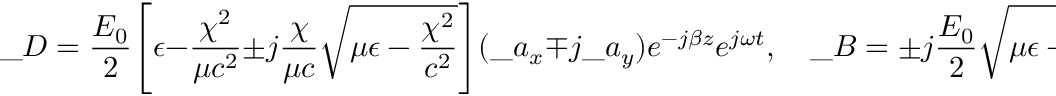
\_ D = \frac { E _ { 0 } } { 2 } \Bigg [ \epsilon - { \frac { \chi ^ { 2 } } { \mu c ^ { 2 } } } \pm j { \frac { \chi } { \mu c } } \sqrt { \mu \epsilon - { \frac { \chi ^ { 2 } } { c ^ { 2 } } } } \Bigg ] ( \_ a _ { x } \mp j \_ a _ { y } ) e ^ { - j \beta z } e ^ { j \omega t } , \quad \_ B = \pm j \frac { E _ { 0 } } { 2 } \sqrt { \mu \epsilon - { \frac { \chi ^ { 2 } } { c ^ { 2 } } } } ( \_ a _ { x } \mp j \_ a _ { y } ) e ^ { - j \beta z } e ^ { j \omega t } .